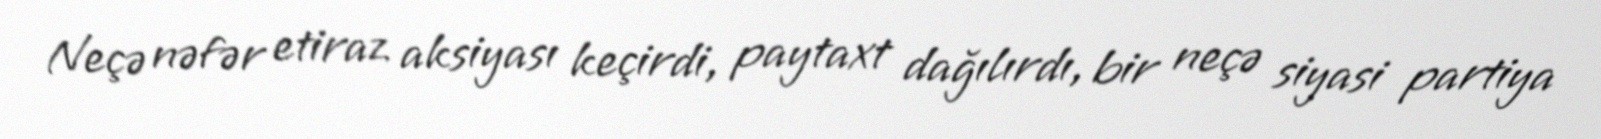
Neçə nəfər etiraz aksiyası keçirdi, paytaxt dağılırdı, bir neçə siyasi partiya